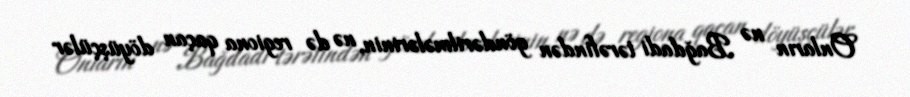
Onların nə Bağdadi tərəfindən göndərilmələrinin, nə də regiona qaçan döyüşçülər